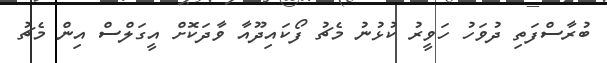
ބުރާސްފަތި ދުވަހު ހަވީރު ކުޅުނު މެޗު ފޯކައިދޫއާ ވާދަކޮށް އީގަލްސް އިން މެޗު